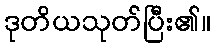
ဒုတိယသုတ်ပြီး၏။